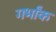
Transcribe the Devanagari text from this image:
गर्भांक